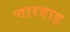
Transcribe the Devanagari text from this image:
चारबाड़